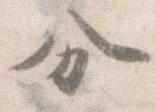
分